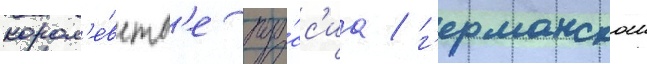
корол'е́вств'е пру́сс'иа / г'ерманскои